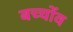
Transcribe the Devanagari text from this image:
बच्चोंव